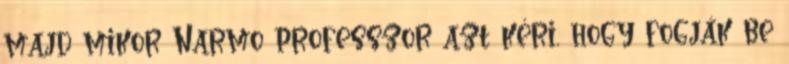
majd mikor Narmo professzor azt kéri, hogy fogják be